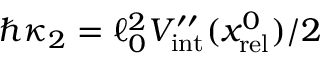
\hbar \kappa _ { 2 } = \ell _ { 0 } ^ { 2 } V _ { \mathrm { i n t } } ^ { \prime \prime } ( x _ { \mathrm { r e l } } ^ { 0 } ) / 2